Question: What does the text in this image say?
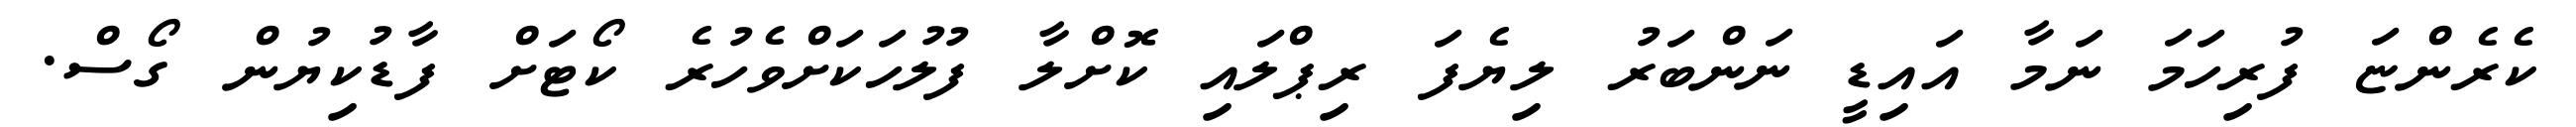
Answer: ކެރެންޏަ ފުރިހަމަ ނަމާ އައިޑީ ނަންބަރު ލިޔެފަ ރިޕްލައި ކޮށްލާ ފުލުހަކަށްވެހުރެ ކޯޓަށް ފާޑުކިޔުން ގޯސް.